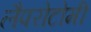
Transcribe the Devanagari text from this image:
लैपरोटोमी